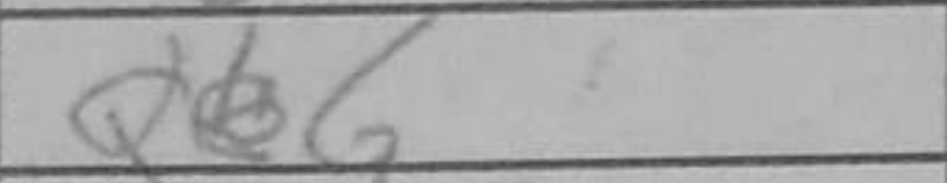
Transcription: Qb6